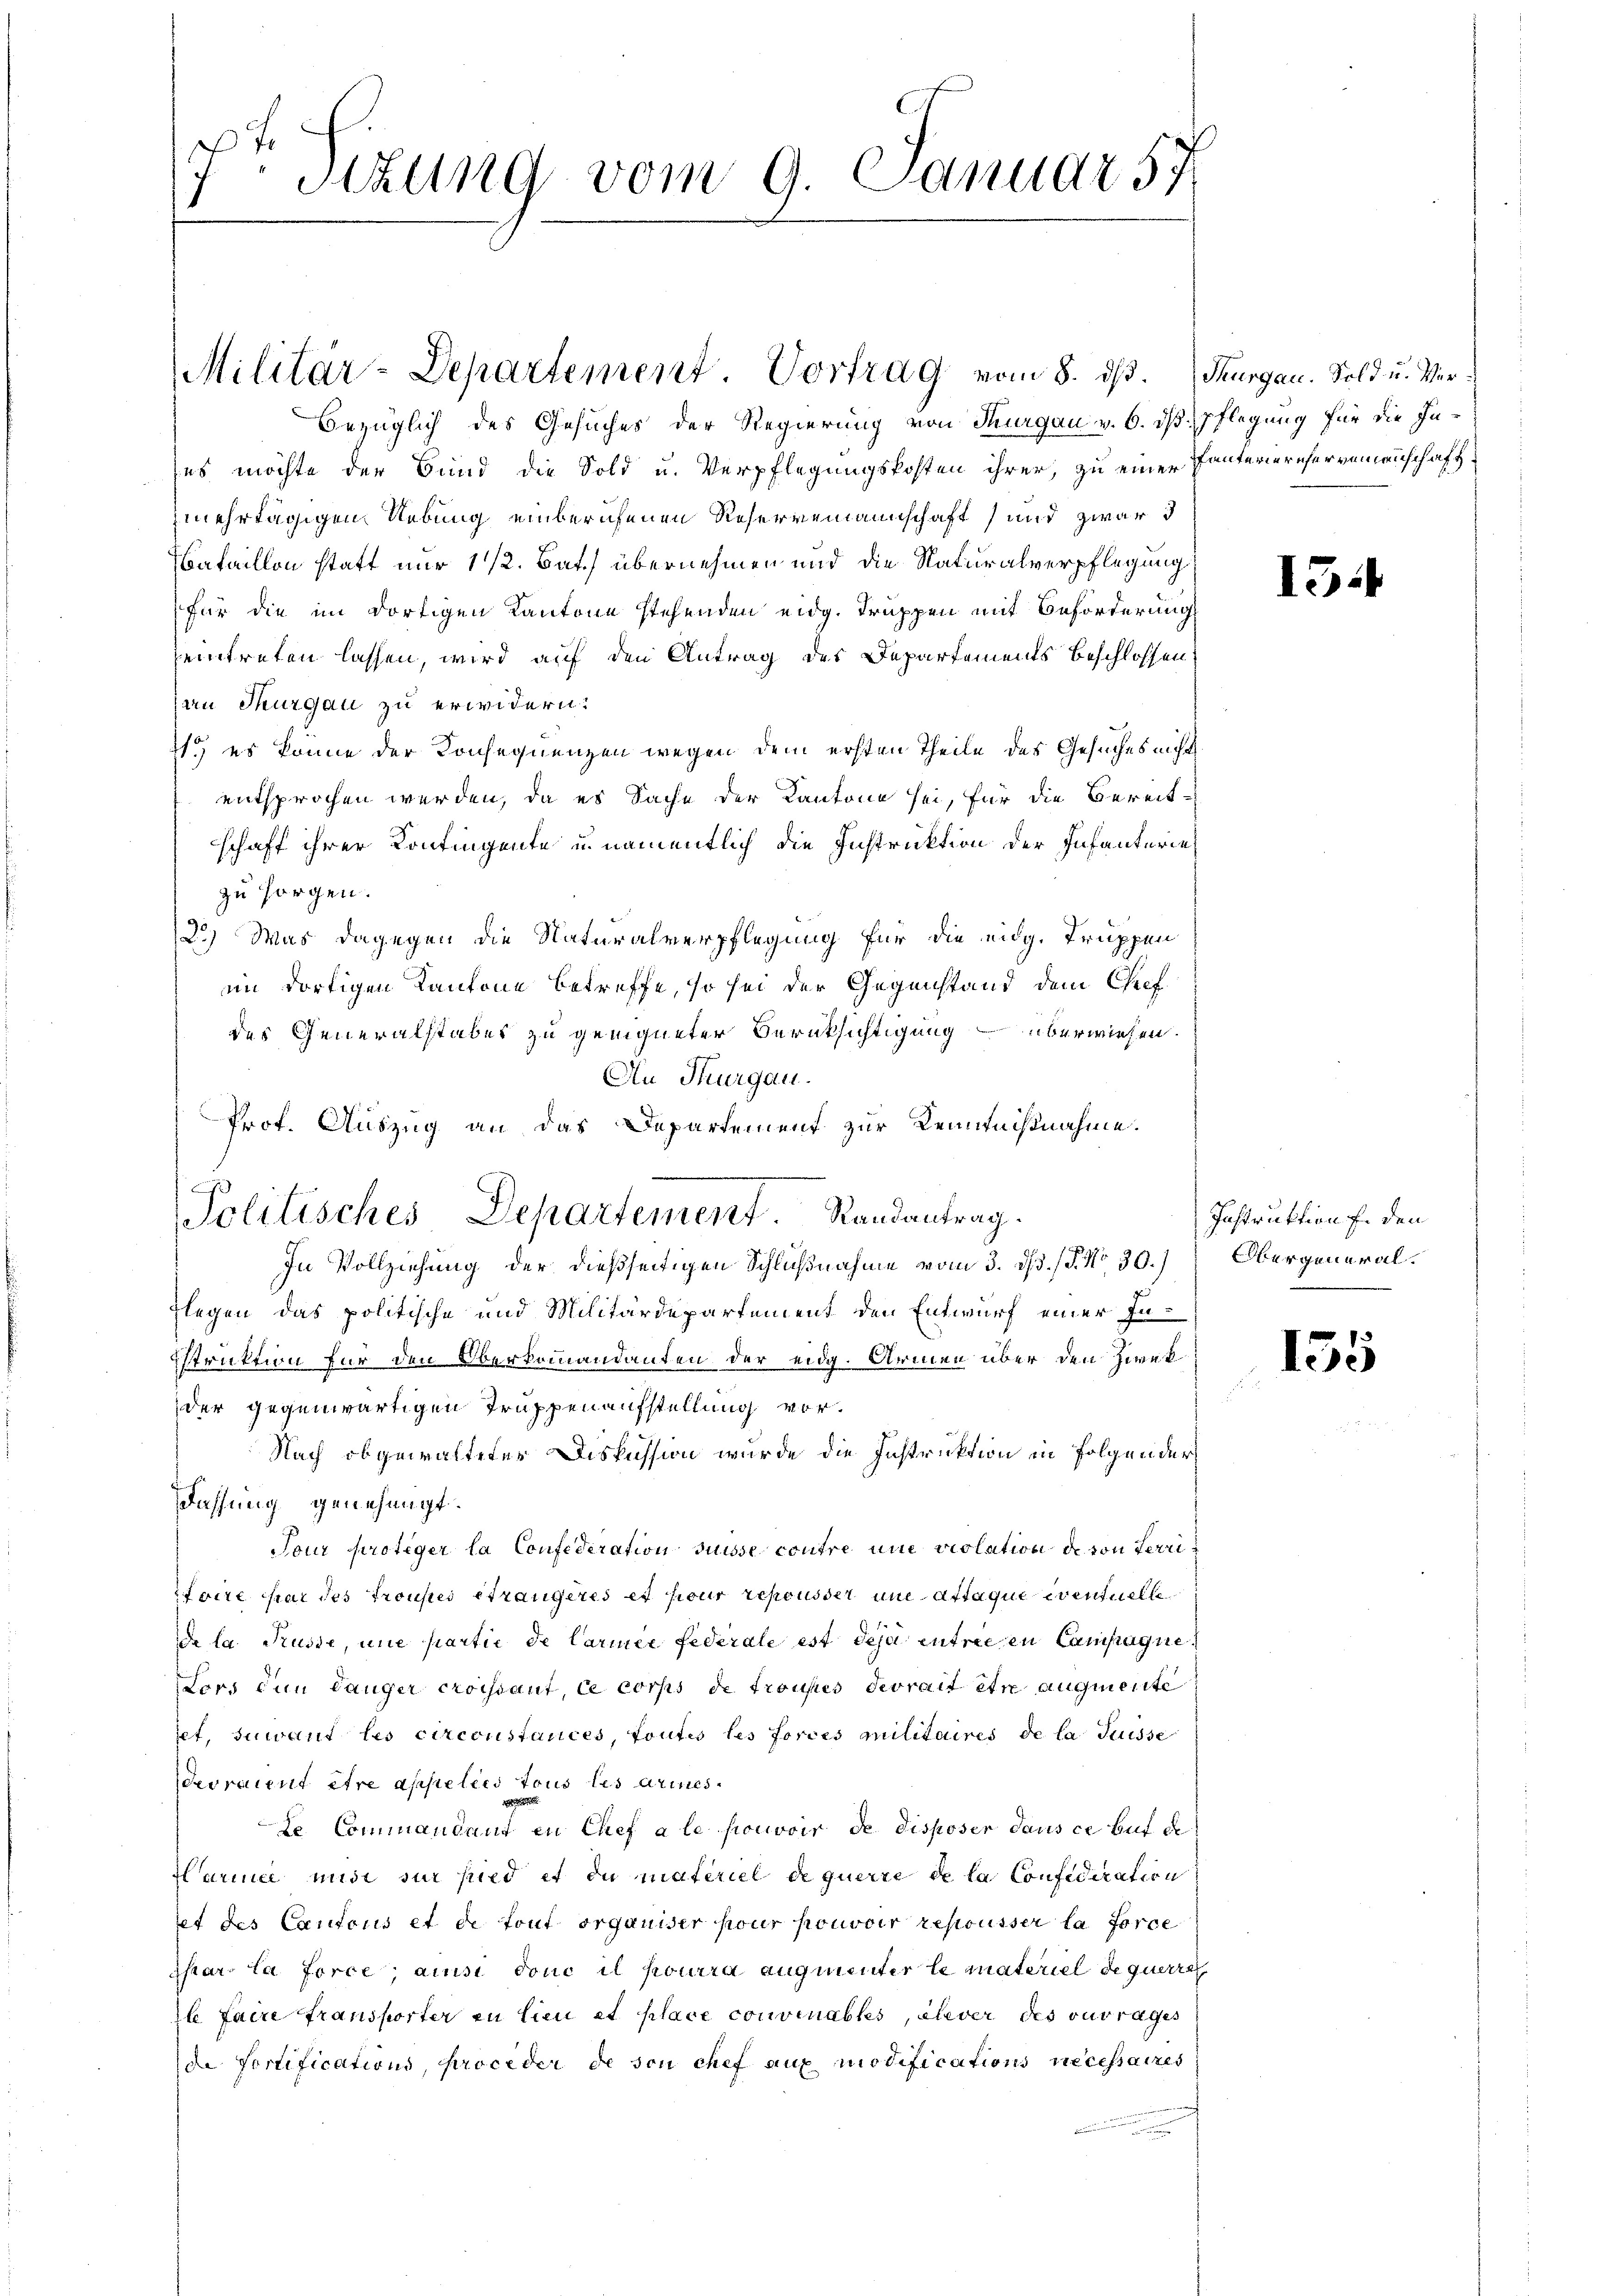
s
Stzung vom 9. Januar 57

Militär-Departement Vortrag vom 8. ds. Thurgau. Sold u. Ver¬

bezüglich des Gesuches der Regierung von Thurgau v. 6. ds Pflegung für die In-
ses möchte der Bund die Sold u. Verpflegungskosten ihrer, zu einer Tanteriereservemenschaft.
mehrtägigen Uebung einberufenen Reservemannschaft und zwar d
bataillon statt nur 1 1/2 Bat übernehmen und die Naturalverpflegung
für die im dortigen Kantone stehenden eidg. Truppen mit Beförderung
eintreten lassen, wird auf den Antrag des Departements beschlossen
au Thurgau zu erwidern.
21.) es könne der Konsequenzen wegen dem ersten Theile des Gesuches nicht
entsprochen werden, da es Sache der Kantone sei, für die Bereit-
schaff ihrer Contingente u. namentlich die Instruktion der Infanterie
zu sorgen.
2.) Was dagegen die Naturalverpflegung für die eidg. Truppen
im dortigen Kantone betreffe, so sei der Gegenstand dem Chef
des Generalstabes zu geeigneter Berüksichtigung überwiesen.
An Thurgau.
In Vollziehung der dießseitigen Schlußnahme vom 3. ds. (T. No 30.)
Flegen das politische und Militärdepartement den Entwurf einer Instruktion für den Oberkommandanten der eidg. Armen über den Zwek
der gegenwärtigen Truppenaufstellung vor.
Nach obgewalteter Diskussion wurde die Instruktion in Folgender
Fassung genehmigt.
Tour proteger la Confederation suisse contre une violation de von Ferrifaire par des Troupes étrangeres et pour repousser am attaque eventuelle
de la Russe, une partie de Carmer federale est des entricen Campagne
Sors den Länger croissant, ce corps de troupes devrait être augmente
set, zuwant les circonstances, toutes les forces militaires de la Suisse
devraient ihre apsielles tous les darines
te Commandant in Chef à le pouvoir de disposer dans ce but de
Marme minde für hied et du materiel de querre de la Confideration
et des Cantons et de tout organiser pour pouvoir repousser la force
Ipar la force, ainsi donc il pourra augmenter le materiel de querra
l faire fransporter zu lieu et place convenables, ehever des ouvrages
de Sortifications, proceder de son chef aux modifications necessaires

Prof. Auszug an das Departement zur Kenntnißnahme.

Politisches Departement. Randantrag.

13.

Instruktion f. den
Obergeneral¬

155